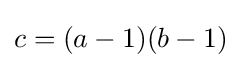
c=(a-1)(b-1)